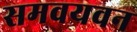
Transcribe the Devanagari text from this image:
समवयवन